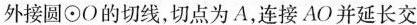
外接圆⊙O的切线，切点为A，连接AO并延长交